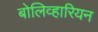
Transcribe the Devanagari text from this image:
बोलिव्हारियन